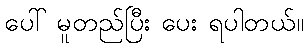
ပေါ် မူတည်ပြီး ပေး ရပါတယ်။